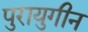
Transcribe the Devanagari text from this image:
पुरायुगीन